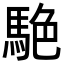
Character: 𮪀